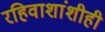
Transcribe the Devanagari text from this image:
रहिवाशांशीही